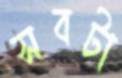
সবটা